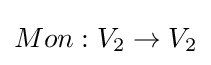
Mon:V_{2}\to V_{2}